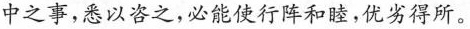
中之事，悉以咨之，必能使行阵和睦，优劣得所。